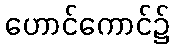
ဟောင်ကောင်၌